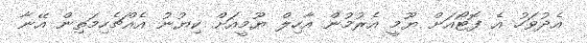
އެދުވަހު އެ ފޮޓޯއަށް ޔޫމީ އެރުމުން އާހިލް ޔޫމީއަށް ކިޔުނު އެއްޗެހިމަތިން އޭނާ